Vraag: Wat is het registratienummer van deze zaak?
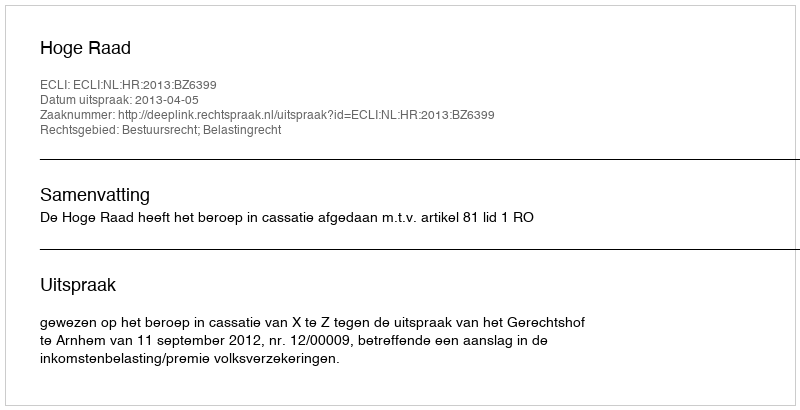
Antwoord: http://deeplink.rechtspraak.nl/uitspraak?id=ECLI:NL:HR:2013:BZ6399